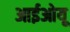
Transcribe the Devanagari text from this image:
आईओयू